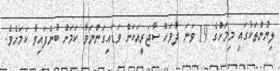
ލިޔުންތަކުގައި މިމަހުގެ 19 ވަނަ ދުވަހު ސާޖަރީއަކަށް ވަޑައިގަންނަވާ ކަމަށް ބުނެފައިވާ ކަމަށެވެ.